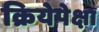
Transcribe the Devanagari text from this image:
क्रियेपेक्षा